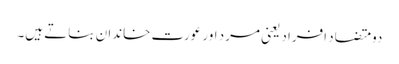
دو متضاد افراد یعنی مرد اور عورت خاندان بناتے ہیں۔